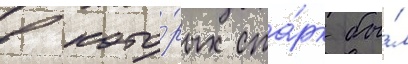
в кото́рых ста́рк бы́л